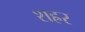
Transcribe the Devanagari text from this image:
शह्रर